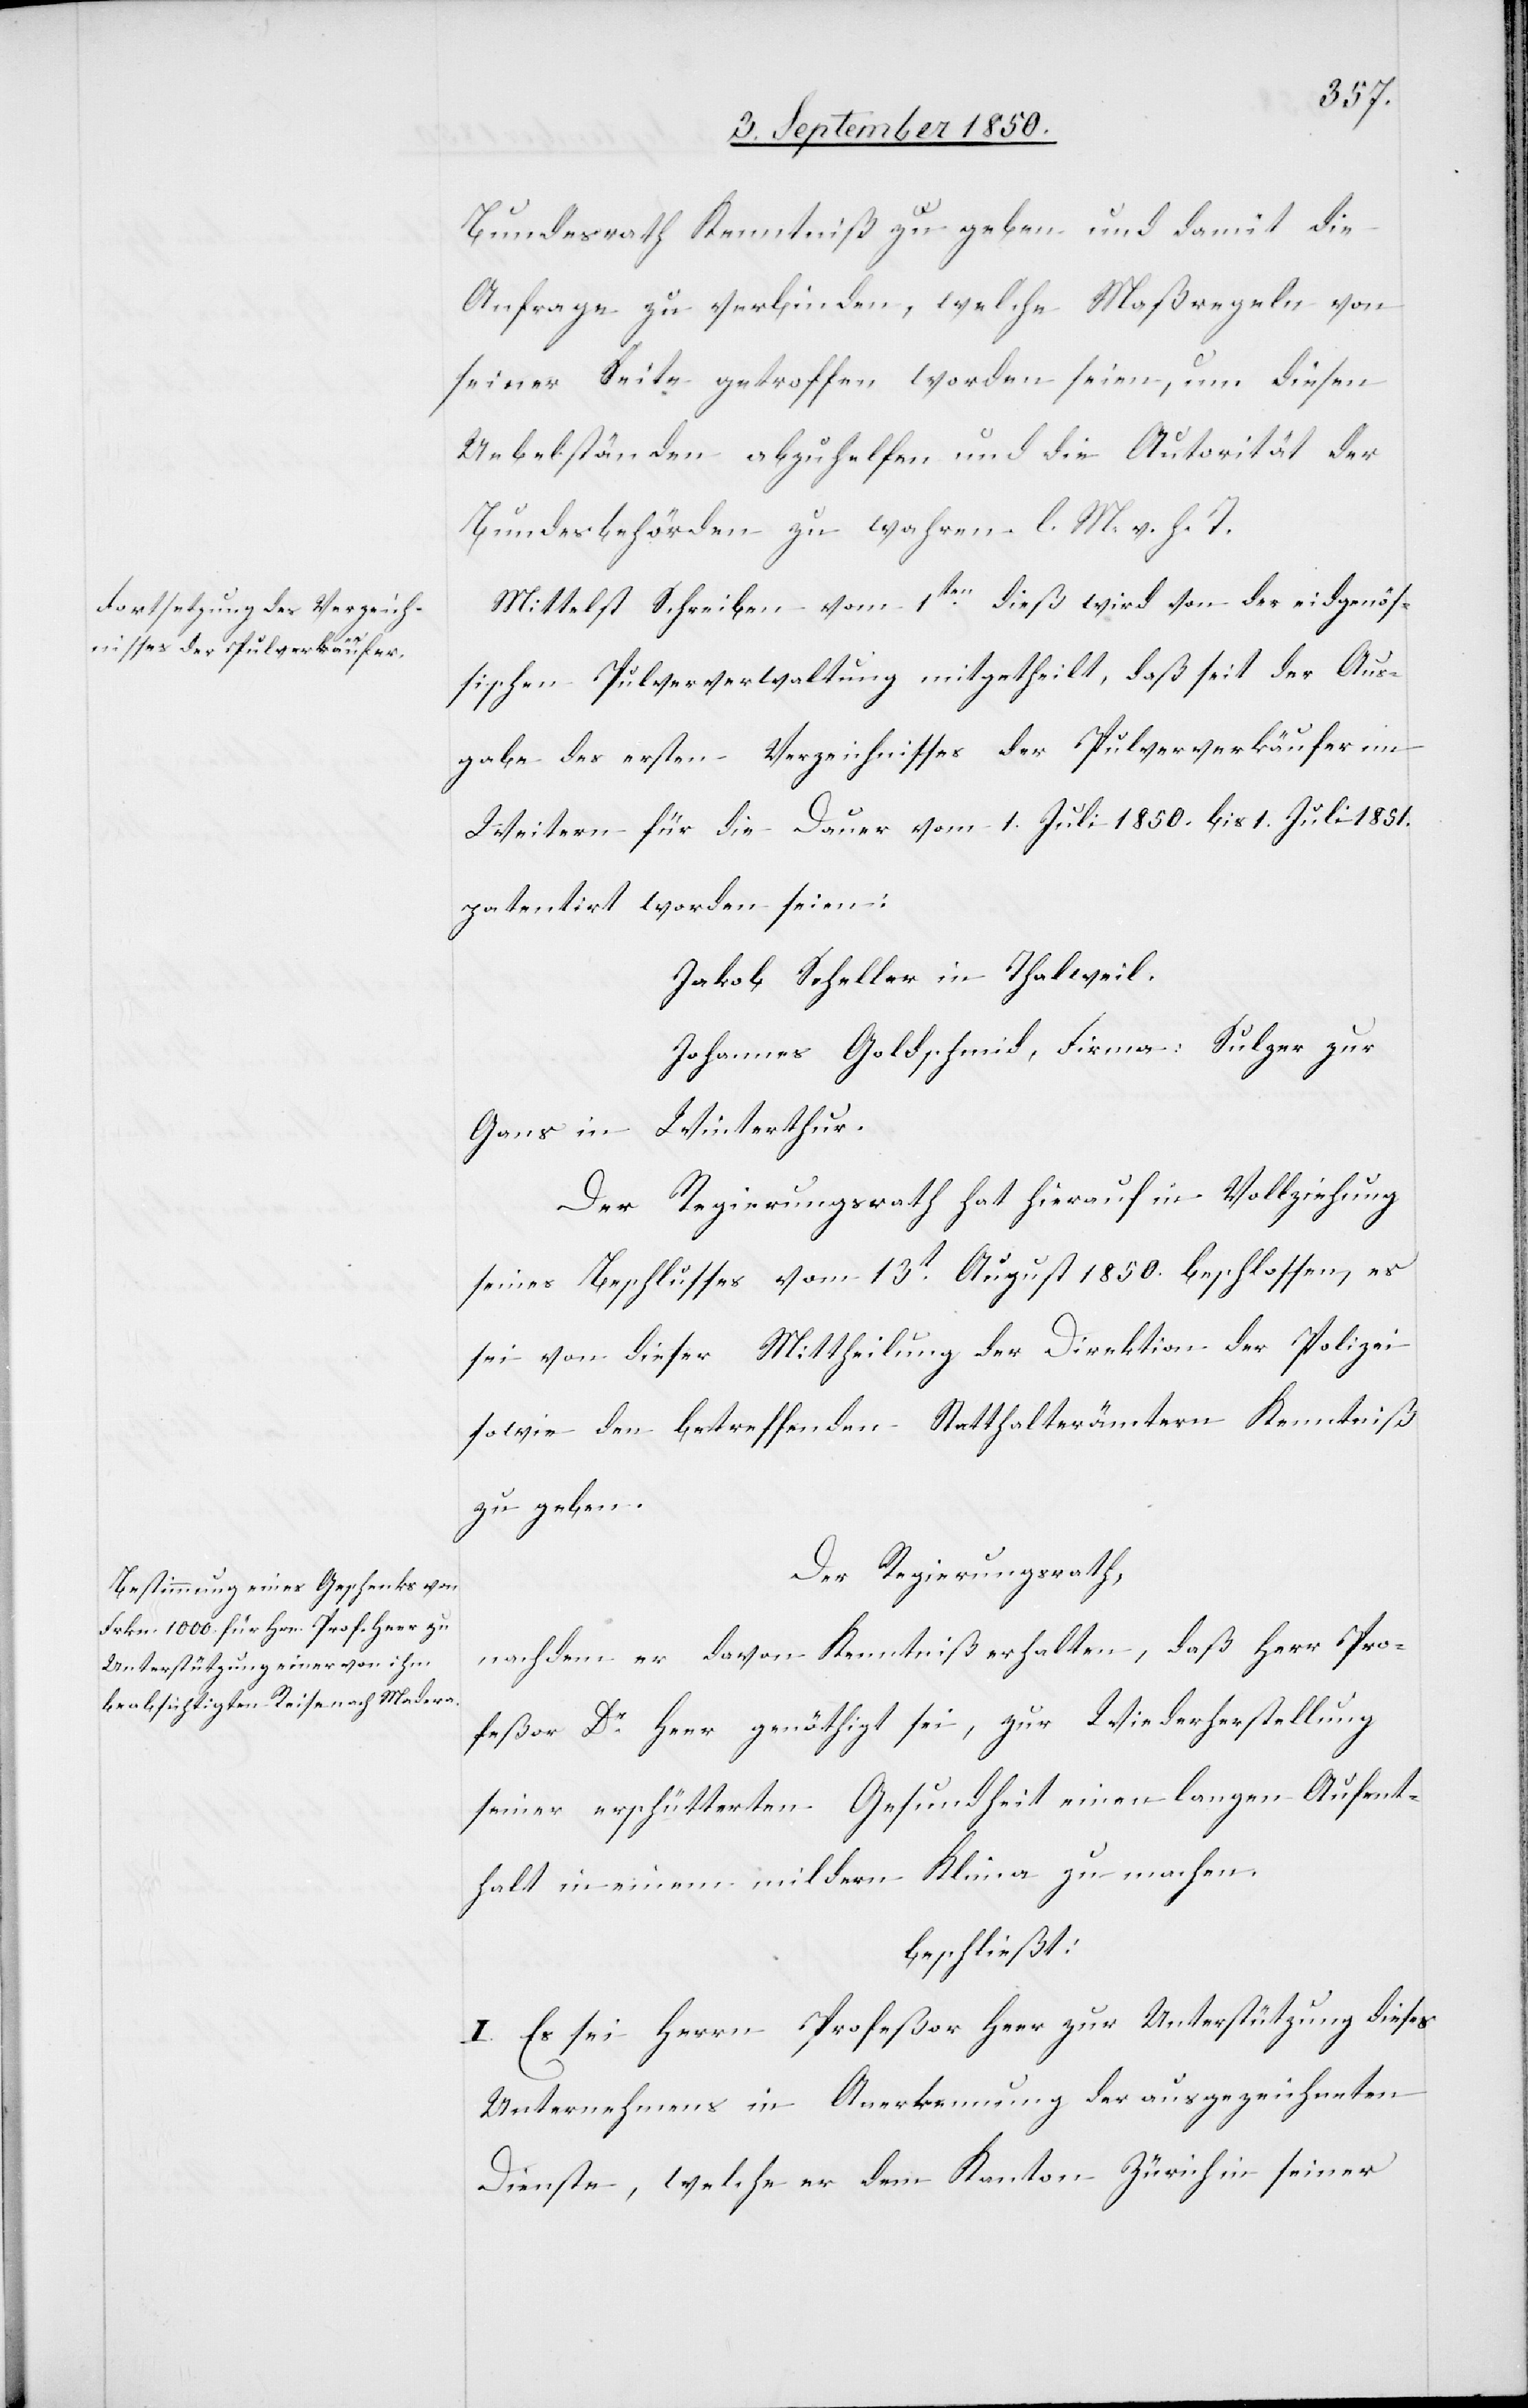
Bundesrath Kenntniß zu geben und damit die
Anfrage zu verbinden, welche Maßregeln von
seiner Seite getroffen worden seien, um diesen
Uebelständen abzuhelfen und die Autorität der
Bundesbehörden zu wahren. l. M. v. h. T.
Mittelst Schreiben vom 1ten dieß wird von der eidgenös¬
sischen Pulververwaltung mitgetheilt, daß seit der Aus¬
gabe des ersten Verzeichnisses der Pulververkäufer im
Weitern für die Dauer vom 1. Juli 1850. bis 1. Juli 1851.
patentirt worden seien:
Jakob Scheller in Thalweil.
Johannes Goldschmid, Firma: Sulzer zur
Gans in Winterthur.
Der Regierungsrath hat hierauf in Vollziehung
seines Beschlusses vom 13t August 1850. beschlossen, es
sei von dieser Mittheilung der Direktion der Polizei
sowie den betreffenden Statthalterämtern Kenntniß
zu geben.
Der Regierungsrath,
nachdem er davon Kenntniß erhalten, daß Herr Pro¬
feßor Dr Heer genöthigt sei, zur Wiederherstellung
seiner erschütterten Gesundheit einen langen Aufent¬
halt in einem mildern Klima zu machen.
beschließt:
I. Es sei Herrn Profeßor Herr zur Unterstützung dieses
Unternehmens in Anerkennung der ausgezeichneten
Dienste, welche er dem Kanton Zürich in seiner